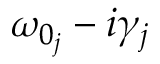
\omega _ { 0 _ { j } } - i \gamma _ { j }